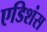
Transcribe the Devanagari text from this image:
एडिशंस